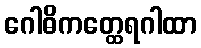
ဂေါဓိကတ္ထေရဂါထာ